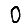
Digit: 0